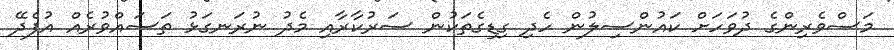
މަސްވެރިންގެ ދުވަހަށް ކައުންސިލުން ހެދި ގިޑިގެތަކުން ސަރުކާރާއި މެދު ނުރަނގަޅު ތަސައްވުރެއް އުފެދޭ